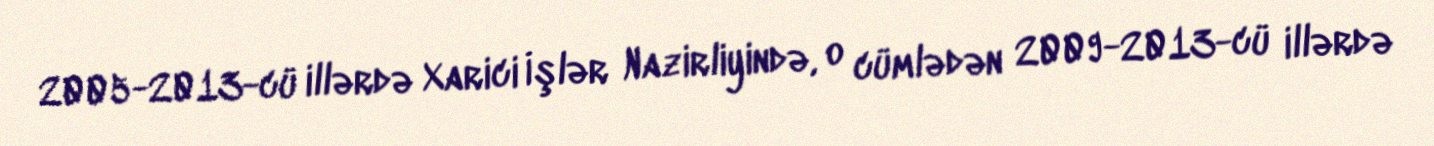
2005-2013-cü illərdə Xarici İşlər Nazirliyində, o cümlədən 2009-2013-cü illərdə